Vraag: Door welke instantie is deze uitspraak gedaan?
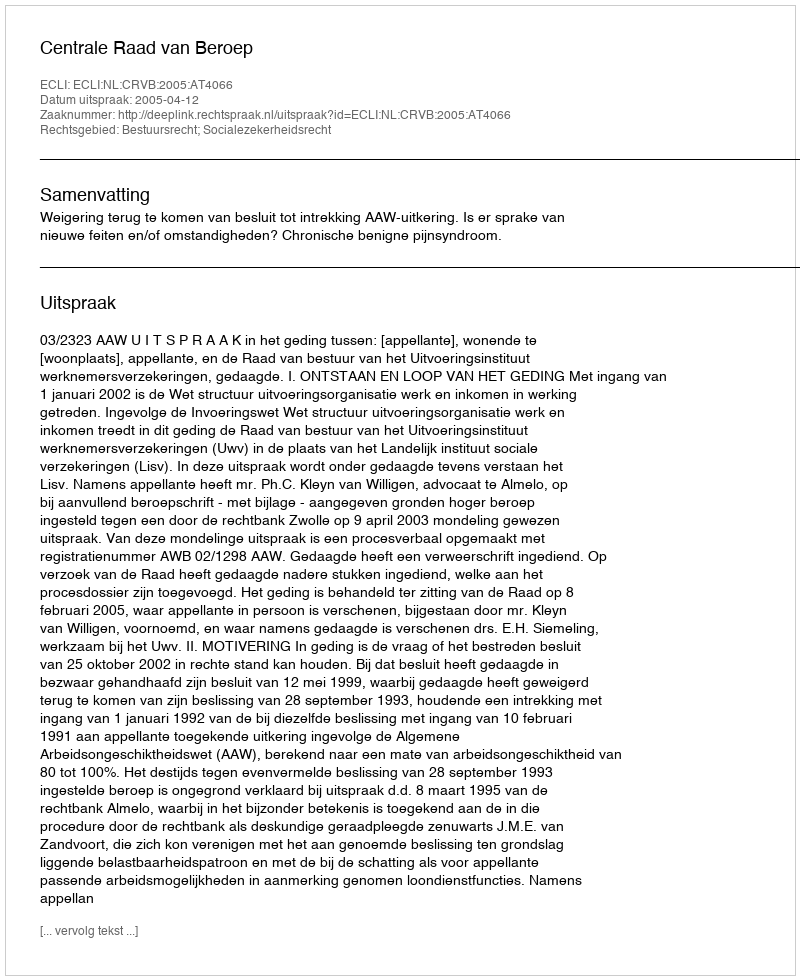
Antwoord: Centrale Raad van Beroep